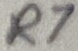
Text: R7